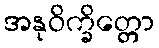
အနုဝိက္ခိတ္တော